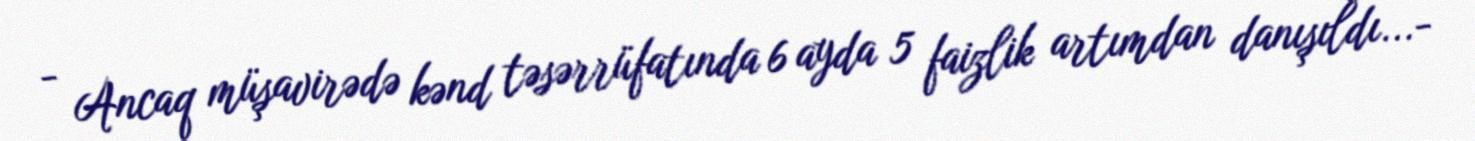
- Ancaq müşavirədə kənd təsərrüfatında 6 ayda 5 faizlik artımdan danışıldı...-